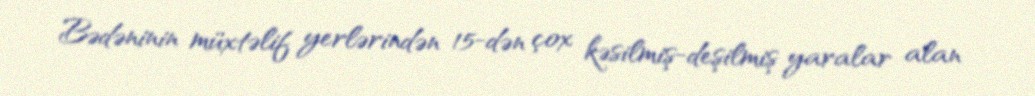
Bədəninin müxtəlif yerlərindən 15-dən çox kəsilmiş-deşilmiş yaralar alan